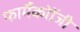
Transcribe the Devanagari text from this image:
फार्मैकोॉजी